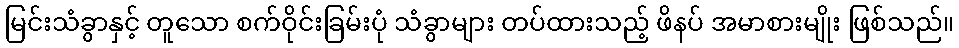
မြင်းသံခွာနှင့် တူသော စက်ဝိုင်းခြမ်းပုံ သံခွာများ တပ်ထားသည့် ဖိနပ် အမာစားမျိုး ဖြစ်သည်။